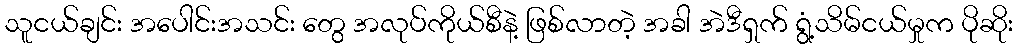
သူငယ်ချင်း အပေါင်းအသင်း တွေ အလုပ်ကိုယ်စီနဲ့ ဖြစ်လာတဲ့ အခါ အဲဒီရှက် ရွံ့သိမ်ငယ်မှုက ပိုဆိုး